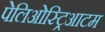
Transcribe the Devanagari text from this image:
पेलिओस्ट्रिआटम